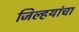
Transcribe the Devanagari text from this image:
जिल्हयांचा